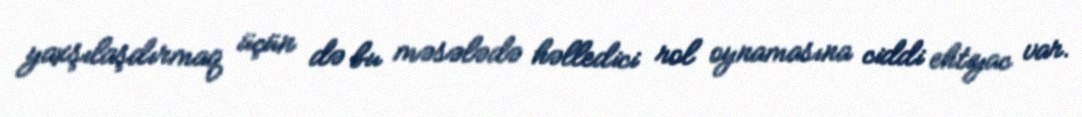
yaxşılaşdırmaq üçün də bu məsələdə həlledici rol oynamasına ciddi ehtiyac var.